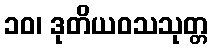
၁၀၊ ဒုတိယဝသသုတ္တ